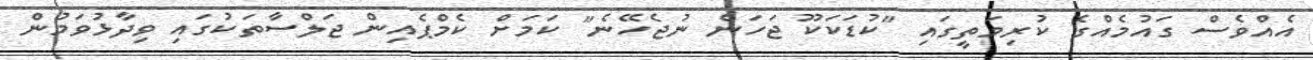
އެއްވެސް ގައުމެއްގެ ކުރިމަތީގައި "ކުޑަކަކޫ ޖަހަން ނުޖެހޭނެ" ކަމަށް ކެމްޕެއިން ޖަލްސާތަކުގައި ވިދާޅުވަމުން